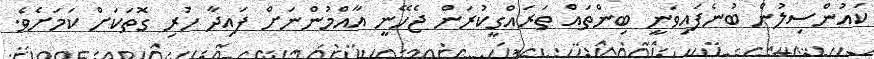
ކައުންސިލުން ބުނެފައިވަނީ ބިންތައް ތަރައްގީކުރަން ޖެހޭނީ އާއްމުންނަށް ފައިދާ ހުރި ގޮތަކަށް ކަމަށެވެ.